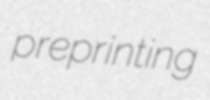
preprinting